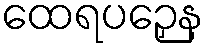
ထေရပဉှေန